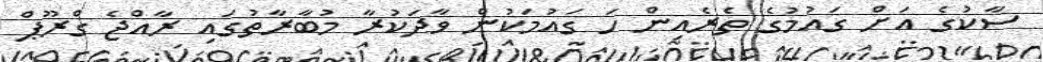
ސާކުގެ އަށް ގައުމުގެ ތެރެއިން ހަ ގައުމަކުން ވާދަކުރާ މުބާރާތުގައި ރާއްޖެ ގްރޫޕް